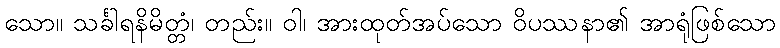
သော။ သင်္ခါရနိမိတ္တံ၊ တည်း။ ဝါ၊ အားထုတ်အပ်သော ဝိပဿနာ၏ အာရုံဖြစ်သော